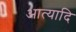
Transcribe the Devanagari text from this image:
आत्यादि